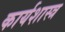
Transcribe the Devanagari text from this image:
कार्यशास्त्र